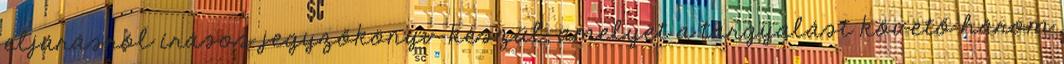
eljárásról írásos jegyzőkönyv készül, amelyet a tárgyalást követő három